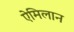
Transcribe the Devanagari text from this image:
ऐमिलान